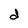
Character: d